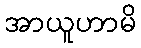
အာယူဟာမိ